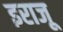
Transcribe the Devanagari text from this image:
इराजू